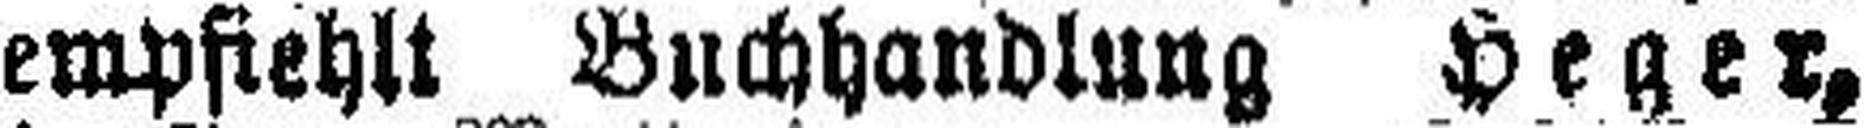
empfiehlt Buchhandlung Heger,